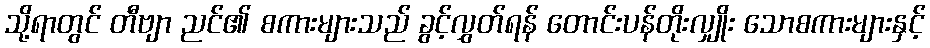
သို့ရာတွင် တီဗျာ ညင်၏ စကားများသည် ခွင့်လွှတ်ရန် တောင်းပန်တိုးလျှိုး သောစကားများနှင့်